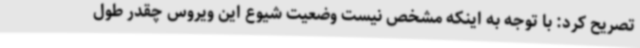
تصریح کرد: با توجه به اینکه مشخص نیست وضعیت شیوع این ویروس چقدر طول